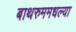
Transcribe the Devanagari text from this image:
बाथरुममधल्‍या